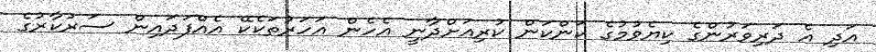
އަދި އެ ދަރިވަރުންގެ ކިޔެވުމުގެ ކަންކަން ކުރިއަށްދާނީ އެހެން އަހަރުތަކެކޭ އެއްފަދައިން ސަރުކާރުގެ